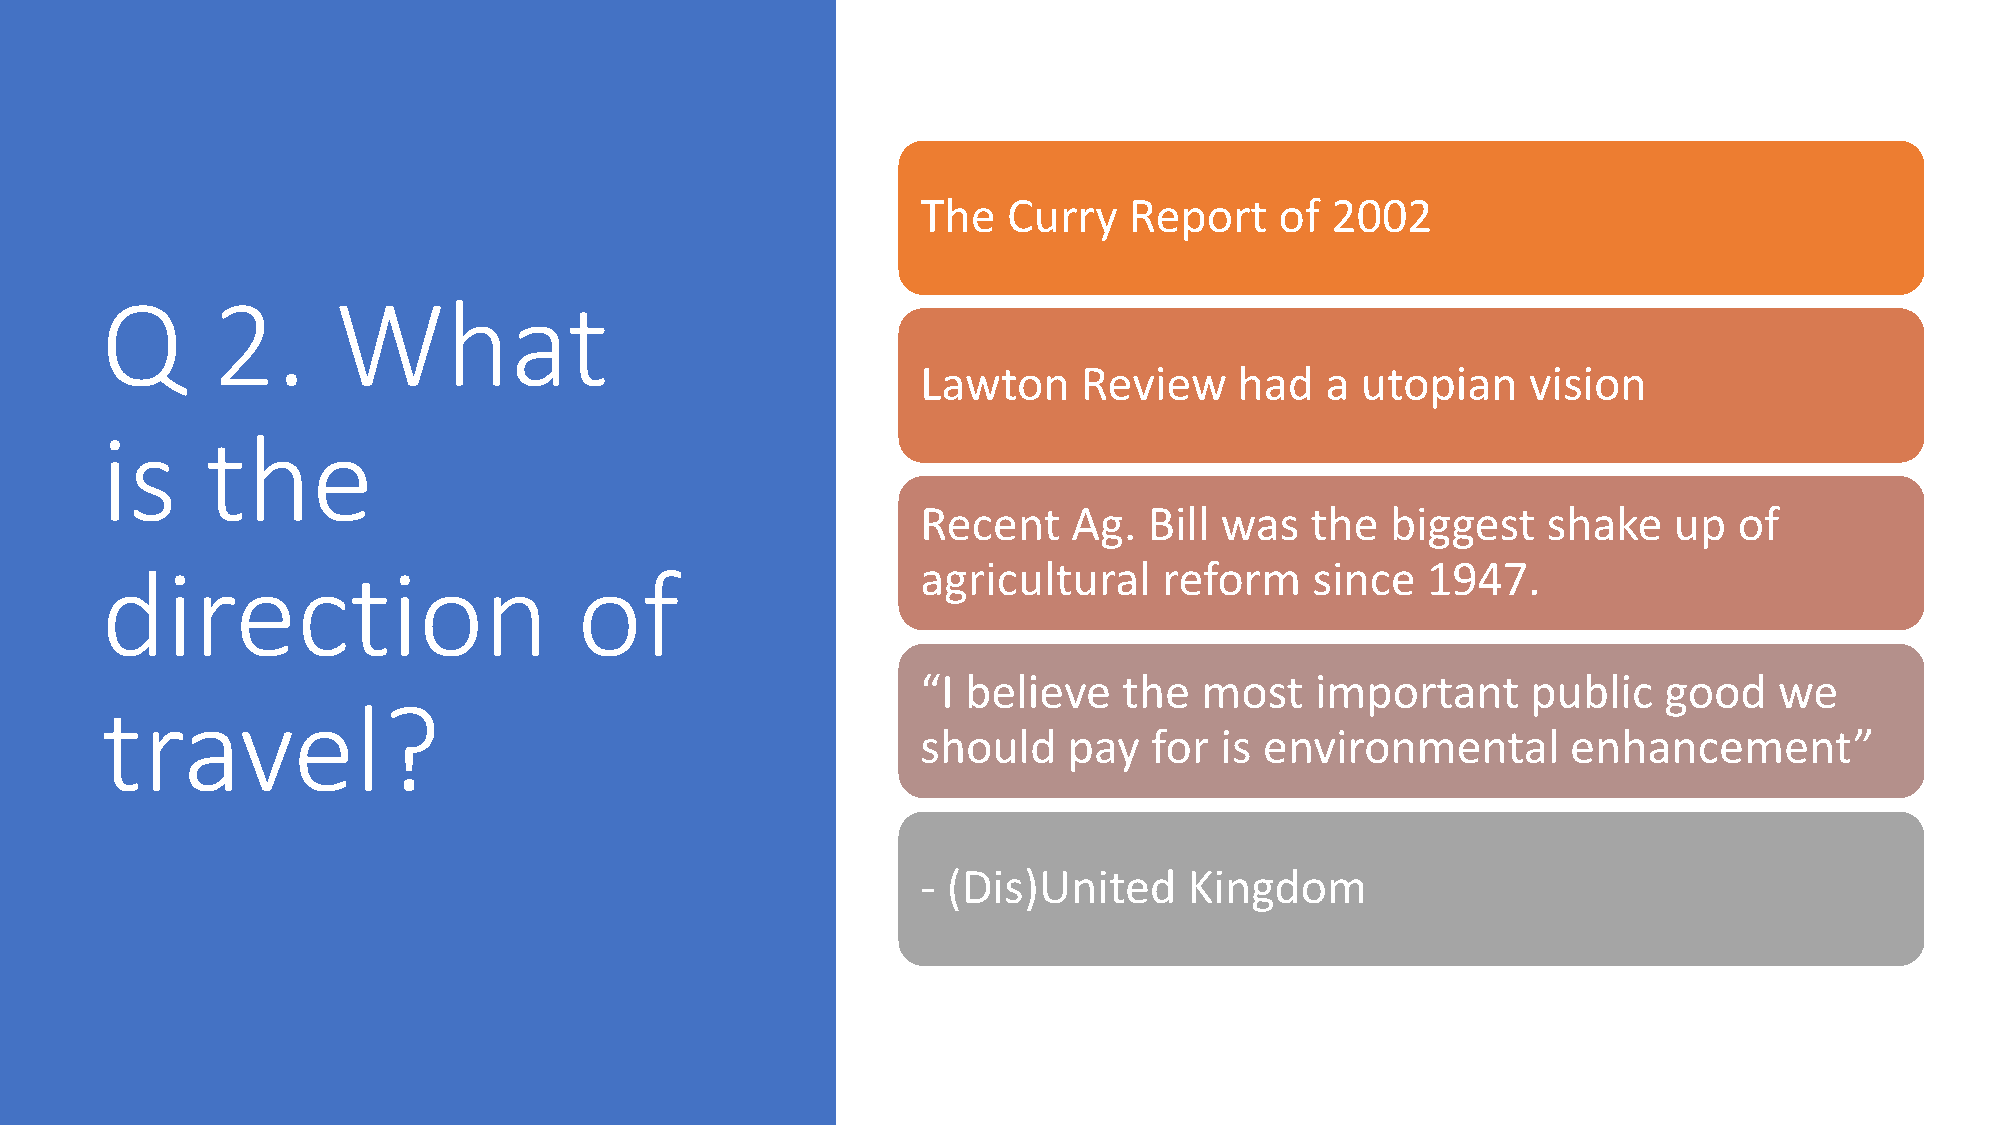
The   Curry   Report    of 2002
 Q      2.      What
 Lawton     Review    had   a utopian    vision
 is     the
 Recent    Ag.  Bill was   the  biggest   shake    up  of
 direction                      of                     agricultural    reform    since  1947.
 “I believe   the  most    important     public   good    we
 travel?
 should    pay  for  is environmental       enhancement”
 - (Dis)United     Kingdom